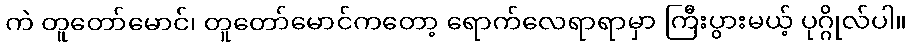
ကဲ တူတော်မောင်၊ တူတော်မောင်ကတော့ ရောက်လေရာရာမှာ ကြီးပွားမယ့် ပုဂ္ဂိုလ်ပါ။